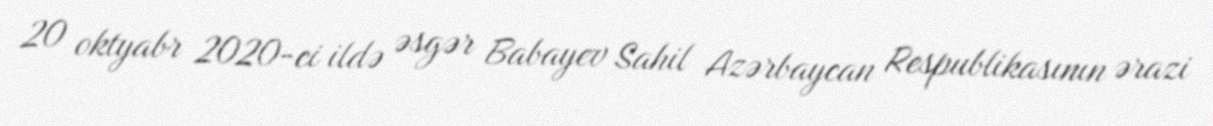
20 oktyabr 2020-ci ildə əsgər Babayev Sahil Azərbaycan Respublikasının ərazi